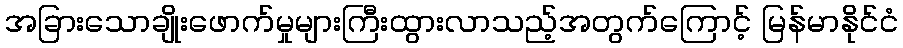
အခြားသောချိုးဖောက်မှုများကြီးထွားလာသည့်အတွက်ကြောင့် မြန်မာနိုင်ငံ